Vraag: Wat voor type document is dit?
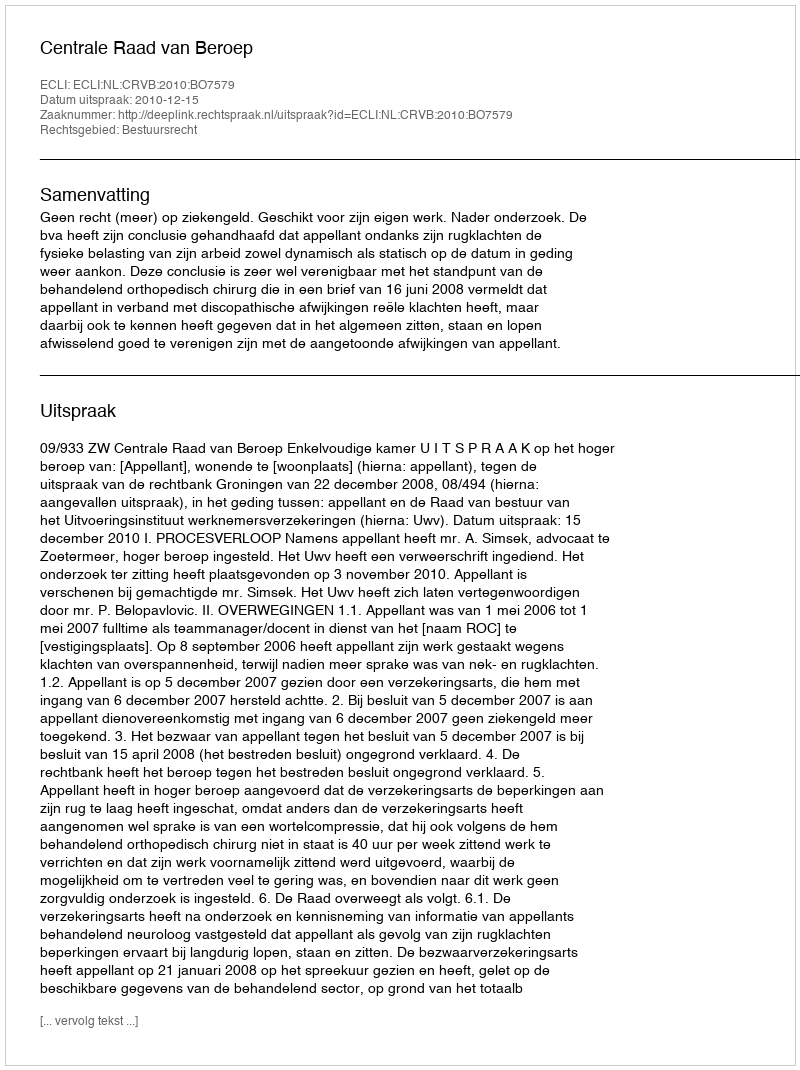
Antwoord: Uitspraak